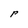
Character: P